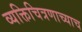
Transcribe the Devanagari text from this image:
व्यक्तिचित्रणाच्याच